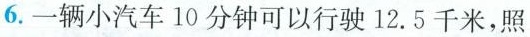
6.一辆小汽车10分钟可以行驶12.5千米，照